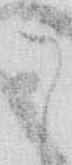
う